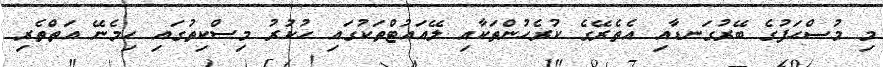
މި މުޞްޙަފުގެ ބޭރުގަނޑާއި އެތެރޭގެ ކުރެހުންތަކާއި ލޭއައުޓްތަކުގައި ހުކުރު މިސްކިތުގައި ހިމެނޭ އަތްތެރި